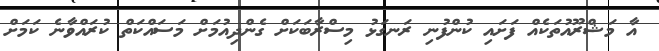
އާ މަޝްރޫއުތަކެއް ފަށައި ކުންފުނި ރަނގަޅު މިސްރާބަކަށް ގެންދިއުމަށް މަސައްކަތް ކުރައްވާނެ ކަމަށް